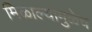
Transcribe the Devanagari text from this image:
मिळाल्यामुळेच